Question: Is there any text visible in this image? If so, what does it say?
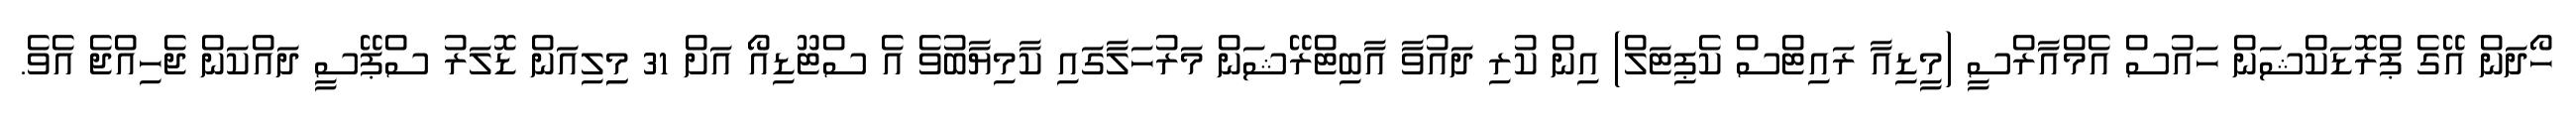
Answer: ހޯދަން އޭގެ ޕްރޮޑަކްޝަން ހައުސް އެމްއާރްސީ (މީޑިއާ ރައިޓްސް ކެޕިޓަލް) އިން ކުރި ދައުވާ އާބިޓްރޭޝަން މަރުހަލާގައި ކާމިޔާބުވެ އެ ސްޓޫޑިއޯ އަށް 31 މިިލިއަން ޑޮލަރު ސްޕޭސީ ދައްކަން ޖެހިއްޖެ އެވެ.